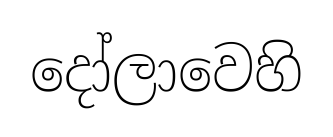
දෝලාවෙහි